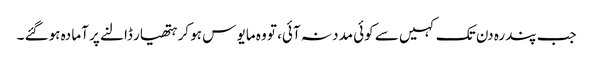
جب پندرہ دن تک کہیں سے کوئی مدد نہ آئی، تو وہ مایو س ہو کر ہتھیار ڈالنے پر آما دہ ہوگئے ۔